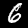
Digit: 6